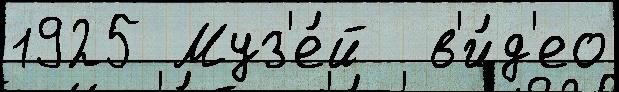
1925 Муз'е́й  в'и́д'ео